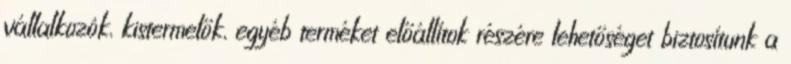
vállalkozók, kistermelők, egyéb terméket előállítok részére lehetőséget biztosítunk a